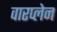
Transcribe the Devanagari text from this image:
वारप्लेन